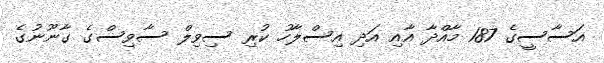
އަސާސީގެ 187 މާއްދާ އާއި އަދި އިސްލާހު ކުރި ސިވިލް ސާވިސްގެ ގާނޫނުގެ